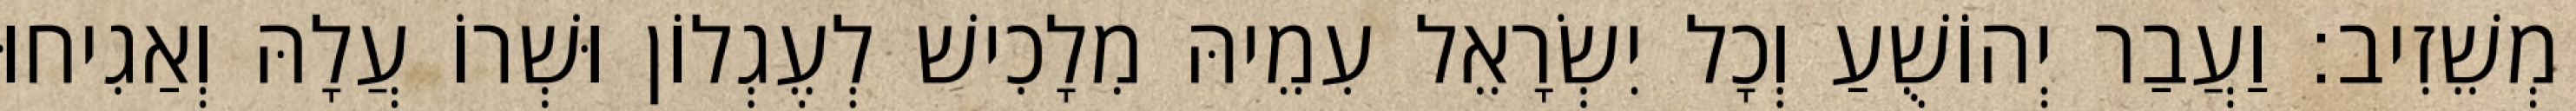
מְשֵׁזִיב׃ וַעֲבַר יְהוֹשֻׁעַ וְכָל יִשְׂרָאֵל עִמֵיהּ מִלָכִישׁ לְעֶגְלוֹן וּשְׁרוֹ עֲלָהּ וְאַגִיחוּ